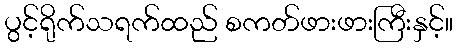
ပွင့်ရိုက်သရက်ထည် စကတ်ဖားဖားကြီးနှင့်။